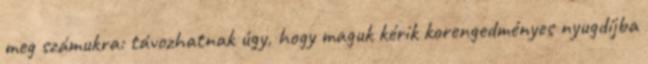
meg számukra: távozhatnak úgy, hogy maguk kérik korengedményes nyugdíjba